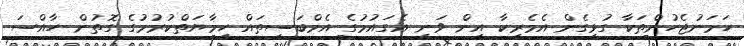
ހަމަނުޖެހުންތަކާ ގުޅިގެން އެމެރިކާ އިން ވަނީ އެގައުމުގެ އެމްބަސީތައް ހިމާޔަތްކުރުމުގެ ގޮތުން ހާއްސަ